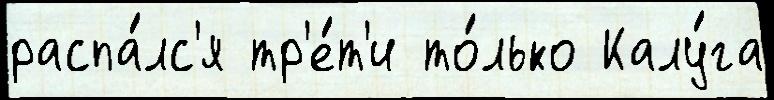
распа́лс'я тр'е́т'и то́лько Калу́га